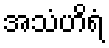
အသံဟိရံ